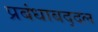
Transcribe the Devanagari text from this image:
प्रबंधाबद्दल